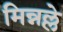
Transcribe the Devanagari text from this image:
मिन्नल्ले